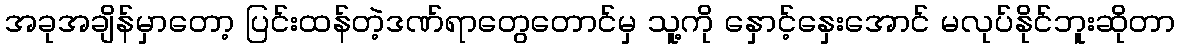
အခုအချိန်မှာတော့ ပြင်းထန်တဲ့ဒဏ်ရာတွေတောင်မှ သူ့ကို နှောင့်နှေးအောင် မလုပ်နိုင်ဘူးဆိုတာ